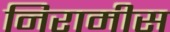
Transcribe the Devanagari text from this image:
निरामीस